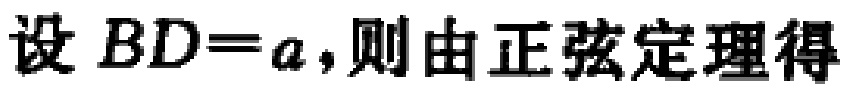
设 \(BD = a\)，则由正弦定理得